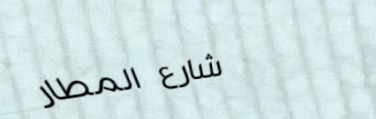
شارع المطار